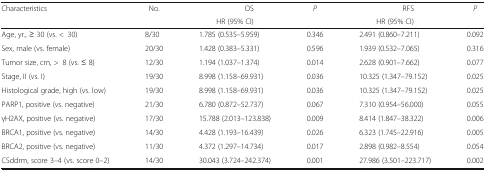
| <ROWSPAN=2> Characteristics | <ROWSPAN=2> No. | OS | <ROWSPAN=2> P | RFS | <ROWSPAN=2> P |
 | HR (95% CI) | HR (95% CI) |
 | --- | --- | --- | --- | --- | --- |
 | Age, yr., ≥ 30 (vs. <30) | 8/30 | 1.785 (0.535–5.959) | 0.346 | 2.491 (0.860–7.211) | 0.092 |
 | Sex, male (vs. female) | 20/30 | 1.428 (0.383–5.331) | 0.596 | 1.939 (0.532–7.065) | 0.316 |
 | Tumor size, cm, >8 (vs. ≤ 8) | 12/30 | 1.194 (1.037–1.374) | 0.014 | 2.628 (0.901–7.662) | 0.077 |
 | Stage, II (vs. I) | 19/30 | 8.998 (1.158–69.931) | 0.036 | 10.325 (1.347–79.152) | 0.025 |
 | Histological grade, high (vs. low) | 19/30 | 8.998 (1.158–69.931) | 0.036 | 10.325 (1.347–79.152) | 0.025 |
 | PARP1, positive (vs. negative) | 21/30 | 6.780 (0.872–52.737) | 0.067 | 7.310 (0.954–56.000) | 0.055 |
 | γH2AX, positive (vs. negative) | 17/30 | 15.788 (2.013–123.838) | 0.009 | 8.414 (1.847–38.322) | 0.006 |
 | BRCA1, positive (vs. negative) | 14/30 | 4.428 (1.193–16.439) | 0.026 | 6.323 (1.745–22.916) | 0.005 |
 | BRCA2, positive (vs. negative) | 11/30 | 4.372 (1.297–14.734) | 0.017 | 2.898 (0.982–8.554) | 0.054 |
 | CSddrm, score 3–4 (vs. score 0–2) | 14/30 | 30.043 (3.724–242.374) | 0.001 | 27.986 (3.501–223.717) | 0.002 |